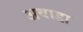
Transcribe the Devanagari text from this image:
अवाडा